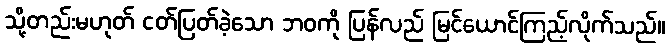
သို့တည်းမဟုတ် ငတ်ပြတ်ခဲ့သော ဘဝကို ပြန်လည် မြင်ယောင်ကြည့်လိုက်သည်။